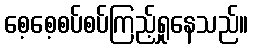
စေ့စေ့စပ်စပ်ကြည့်ရှုနေသည်။